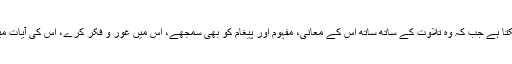
لیکن قرآن کریم سے انسان اسی وقت ہدایت حاصل کرسکتا ہے جب کہ وہ تلاوت کے ساتھ ساتھ اس کے معانی، مفہوم اور پیغام کو بھی سمجھے، اس میں غور و فکر کرے، اس کی آیات میں تدبر سے کام لے اور اس کی تعلیمات پر عمل کرے۔